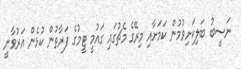
ނަސީބު ބަލިކަށިވުމުން ކަމަށާއި މިރޭގެ މެޗުގައި ގައުމީ ޓީމުގެ ފަރާތުން ކުޅެން އަރުވާނީ